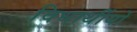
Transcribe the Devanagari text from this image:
विधार्थीयों